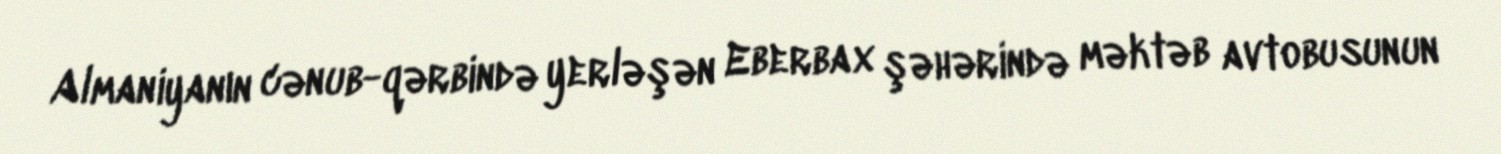
Almaniyanın cənub-qərbində yerləşən Eberbax şəhərində məktəb avtobusunun